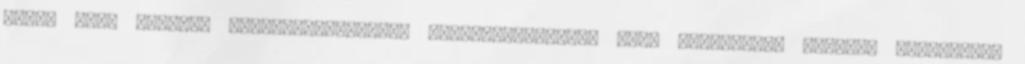
rájuk jogi igényei meghatározásához, érvényesítéséhez vagy védelmére, illetve amennyiben